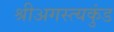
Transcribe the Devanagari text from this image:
श्रीअगस्त्यकुंड